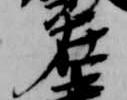
在